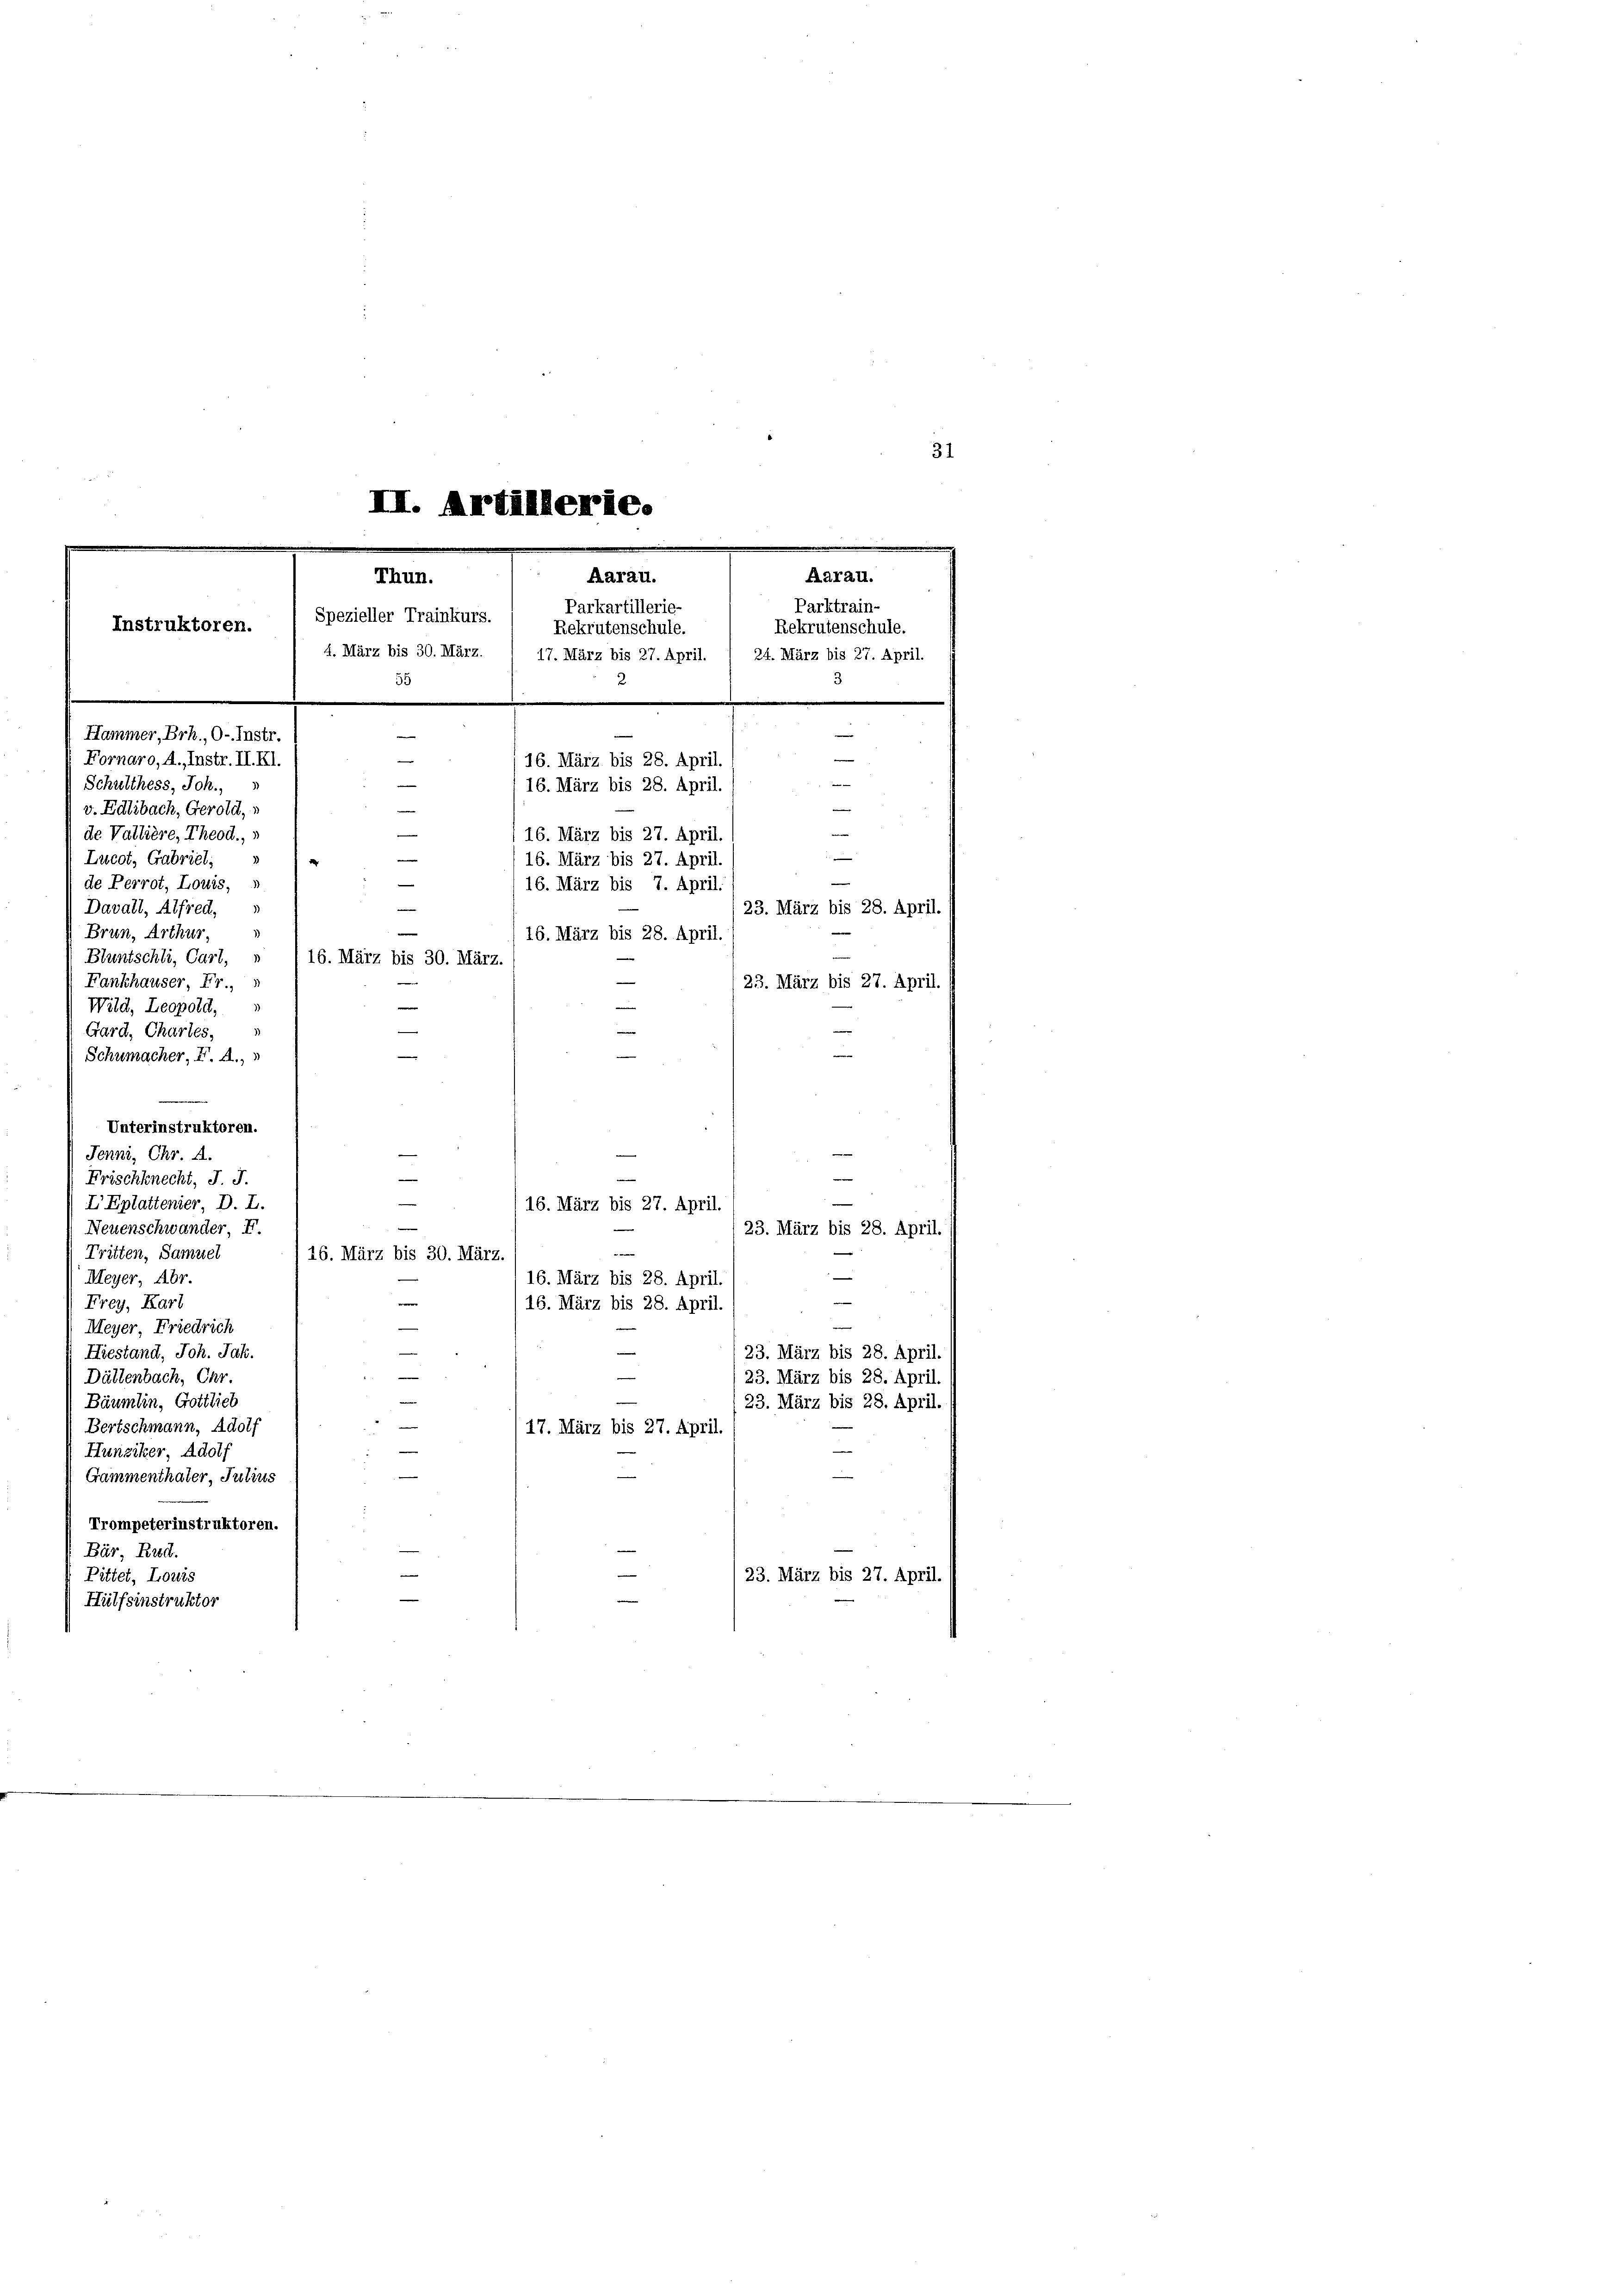
31
III. Artillerie.
e
.
.
Aarau.
Aarau.
Thun.
Parktrain-
Parkartillerie-
Spezieller Trainkurs.
Rekrutenschule.
Rekrutenschule.
Instruktoren.
4. März bis 30. März.
17. März bis 27. April. 1 24. März bis 27. April.
55
2
e
Hammer, Brh., O-Instr
e
e
Fornaro, A., Instr. II. XI.
16. März bis 28. April.
.

Schulthess, Joh.,
16. März bis 28. April.
e
e
v. Edlibach, Gerold,
i
de Vallière, Theod.,
16. März bis 27. April.
.
Lucot, Gabriel; »
16. März bis 27. April
¬
de Perrot, Louis,
16. März bis 7. April.
¬
Davall, Alfred,
23. März bis 28. April
e
Brun, Arthur,
16. März bis 28. April.
Bluntschli, Carl,
16. März bis 30. März.
Fankhauser Fr.,
23. März bis 27. April
Wild, Leopold,
n
1
Gard, Chartes,

Schumacher, F. A.,
Unterinstruktoren.
¬
e
Jenne, Chr. A.
e
Frischknecht, J. J.
IEplattenier, D. L.
16. März bis 27 April.
Neuenschwander, F.
23. März bis 28. April.
Tritten, Samuel
—
16. März bis 30. März.
.
Meyer, Abr.
16. März bis 28. April.
.
Frey, Karl
16. März bis 28. April.
Meyer Friedrich
¬
Hiestand, Joh. Jak.
23. März bis 28. April.
Dättenbach, Chr.
23. März bis 28. April.
Bäumlin, Gottlieb
23. März bis 28. April.
Bertschmann, Adolf
17. März bis 27. April.
e
Hunziker Adolf
e
Grammenthater, Julius
Trompeterinstruktoren.
Bär Rud.
Pittet, Louis
(23. März bis 27. April.
Hülfsinstruktor